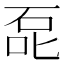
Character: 𰇤